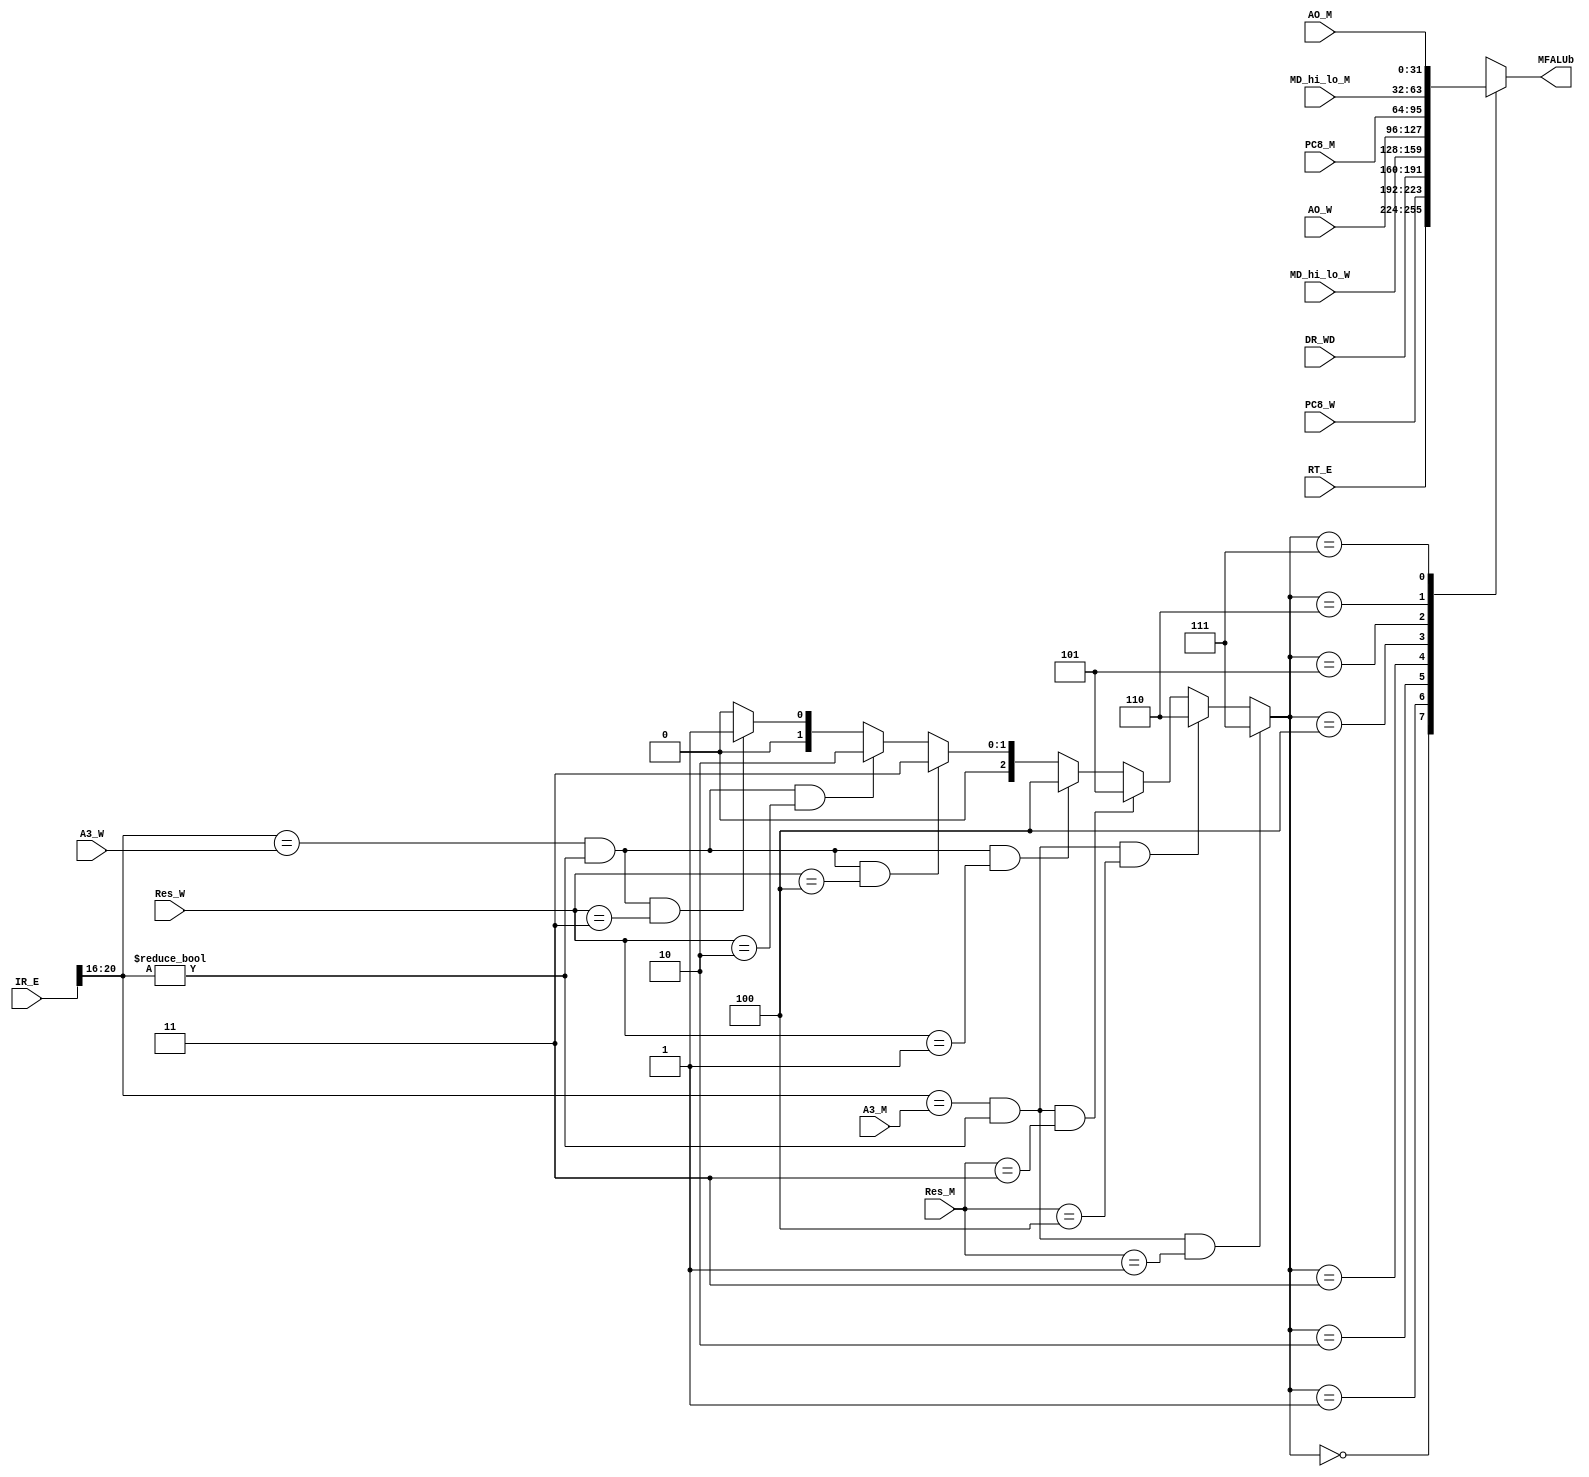
`timescale 1ns / 1ps
//////////////////////////////////////////////////////////////////////////////////
// Company: 
// Engineer: 
// 
// Design Name: 
// Module Name:    MFALUB 
// Project Name: 
// Target Devices: 
// Tool versions: 
// Description: 
//
// Dependencies: 
//
// Revision: 
// Revision 0.01 - File Created
// Additional Comments: 
//
//////////////////////////////////////////////////////////////////////////////////
`define M2E_ALU 7//5
`define M2E_MD 6
`define M2E_PC 5//4
`define W2E_ALU 4//3
`define W2E_MD 3
`define W2E_DM 2
`define W2E_PC 1
`define D2E_RT 0
`define ALU 3'b001
`define DM 3'b010
`define PC 3'b011
`define MD 3'b100
`define NW 3'b000
module MFALUB(
    input [31:0] RT_E,
    input [31:0] AO_M,
    input [31:0] AO_W,
    input [31:0] DR_WD,
    input [31:0] IR_E,
    input [4:0] A3_M,
    input [4:0] A3_W,
    input [2:0] Res_M,
    input [2:0] Res_W,
	 input [31:0] PC8_M,
	 input [31:0] PC8_W,
	 input [31:0] MD_hi_lo_M,
	 input [31:0] MD_hi_lo_W,
    output reg[31:0] MFALUb
    );
	 wire [4:0] A2_E;
	 assign A2_E = IR_E[20:16];
	 reg [2:0] FALUBE;//MUX
	 always @* begin
	   FALUBE = ((A2_E==A3_M) & (A2_E!=0) & (Res_M==`ALU)) ? `M2E_ALU :
		         ((A2_E==A3_M) & (A2_E!=0) & (Res_M==`MD))  ?  `M2E_MD :
		         ((A2_E==A3_M) & (A2_E!=0)& (Res_M==`PC))  ? `M2E_PC  :
               ((A2_E==A3_W) & (A2_E!=0) & (Res_W==`ALU)) ? `W2E_ALU :
					((A2_E==A3_W) & (A2_E!=0) & (Res_W==`MD)) ?   `W2E_MD :
               ((A2_E==A3_W) & (A2_E!=0) & (Res_W==`DM))  ? `W2E_DM  : 
					((A2_E==A3_W) & (A2_E!=0)& (Res_W==`PC))  ? `W2E_PC  :
					                                0;
		case(FALUBE)
		  0: begin
		    MFALUb = RT_E;
		  end
		  1: begin
		    MFALUb = PC8_W;
		  end
		  2: begin
		    MFALUb = DR_WD;
		  end
		  3: begin
		    MFALUb = MD_hi_lo_W;
		  end
		  4: begin
		    MFALUb = AO_W;
		  end
		  5: begin
		    MFALUb = PC8_M;
		  end
		  6: begin
		    MFALUb = MD_hi_lo_M;
		  end
		  7: begin
		    MFALUb = AO_M;
		  end
		endcase
	 end


endmodule